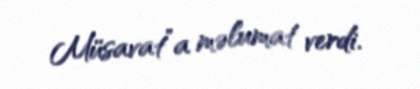
Müsavat”a məlumat verdi.